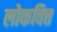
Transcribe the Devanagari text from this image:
लोकवित्त